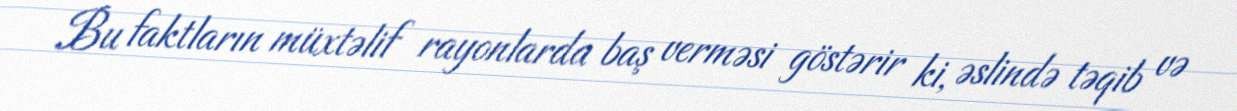
Bu faktların müxtəlif rayonlarda baş verməsi göstərir ki, əslində təqib və